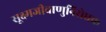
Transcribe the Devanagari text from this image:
सूक्ष्मजीवाणुनिरोधक